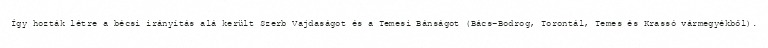
Így hozták létre a bécsi irányítás alá került Szerb Vajdaságot és a Temesi Bánságot (Bács-Bodrog, Torontál, Temes és Krassó vármegyékből).